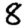
Digit: 8